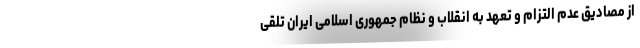
از مصادیق عدم التزام و تعهد به انقلاب و نظام جمهوری اسلامی ایران تلقی